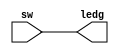
module lab6(ledg,sw);
	
	input [9:0]sw;
	output [9:0]ledg;
	assign ledg[0]=sw[0];
	assign ledg[1]=sw[1];
	assign ledg[2]=sw[2];
	assign ledg[3]=sw[3];
	assign ledg[4]=sw[4];
	assign ledg[5]=sw[5];
	assign ledg[6]=sw[6];
	assign ledg[7]=sw[7];
	assign ledg[8]=sw[8];
	assign ledg[9]=sw[9];
		

endmodule